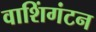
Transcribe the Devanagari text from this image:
वाशिंगंटन